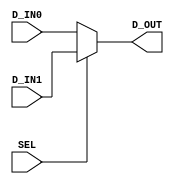

module mux16_2to1(SEL, D_IN0, D_IN1, D_OUT);
   input         SEL;
   input [15:0]  D_IN0;
   input [15:0]  D_IN1;
   output [15:0] D_OUT;

   // ********* The first design method ****************
   // reg [15:0] D_OUT;
   // always @(SEL,D_IN0,D_IN1) begin
   //    case (SEL)
   //       1'b0: D_OUT = D_IN0;
   //       1'b1: D_OUT = D_IN1; 
   //       default: D_OUT = 0; 
   //    endcase
   // end

   //********** the second design method ***************
   assign D_OUT = SEL ? D_IN1 : D_IN0 ;
   
endmodule

module  mux16_2to1_tb;
   reg [15:0]  D_IN0,D_IN1;   // input
   reg         SEL;
   wire[15:0]  D_OUT;  // output
   
   //instantiation
   mux16_2to1 U_mux16_2to1(.SEL(SEL),
                           .D_IN0(D_IN0),
                           .D_IN1(D_IN1),
                           .D_OUT(D_OUT)); 

   initial begin
      $monitor("SEL = %h , D_IN0 = %h ,D_IN1 = %h , D_OUT = %h",SEL,D_IN0,D_IN1,D_OUT);
      D_IN0 = 16'h1234;
      D_IN1 = 16'h1111;
      #10 SEL = 1'b0;
      #10 SEL = 1'b1;
   end

endmodule